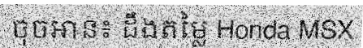
ចុចអាន៖ ដឹងតម្លៃ Honda MSX